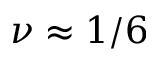
\nu \approx 1 / 6